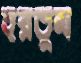
হরতুম